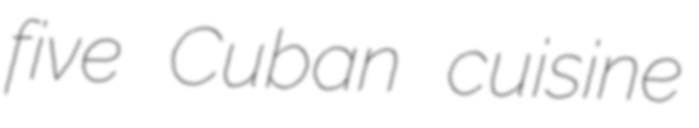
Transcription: five Cuban cuisine